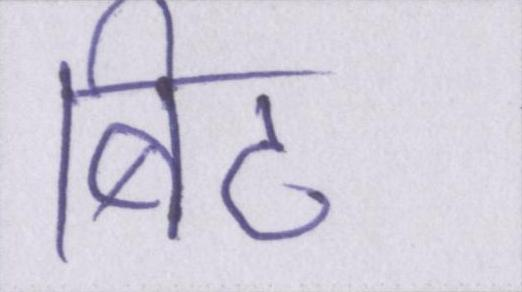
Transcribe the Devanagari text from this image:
बिट